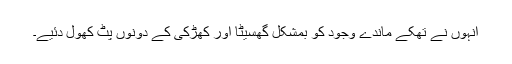
انہوں نے تھکے ماندے وجود کو بمشکل گھسیٹا اور کھڑکی کے دونوں پٹ کھول دئیے۔